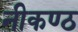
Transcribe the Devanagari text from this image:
नीकण्ठ